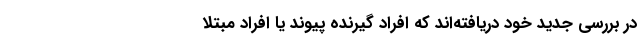
در بررسی جدید خود دریافته‌اند که افراد گیرنده پیوند یا افراد مبتلا